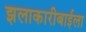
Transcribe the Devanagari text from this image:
झलाकारीबाईला